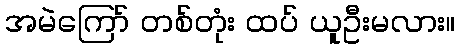
အမဲကြော် တစ်တုံး ထပ် ယူဦးမလား။